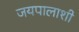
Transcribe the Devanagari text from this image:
जयपालाशी